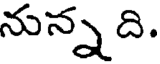
నున్నది.